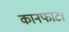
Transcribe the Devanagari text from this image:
कानफाटा